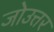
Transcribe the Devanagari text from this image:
जोउत्तर